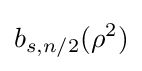
b_{s,n/2}(\rho ^{2})